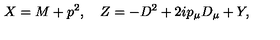
X = M + p ^ { 2 } , \quad Z = - D ^ { 2 } + 2 i p _ { \mu } D _ { \mu } + Y ,